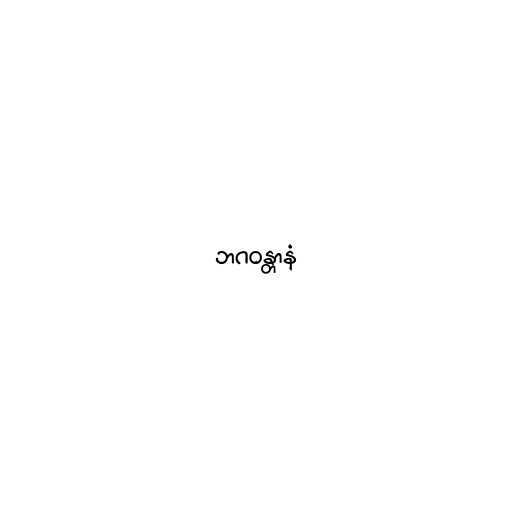
ဘဂဝန္တာနံ